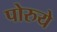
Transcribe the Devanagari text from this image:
पोरुये